Indian journal of veterinary science and animal husbandry - Volume 2,
Year: 1932
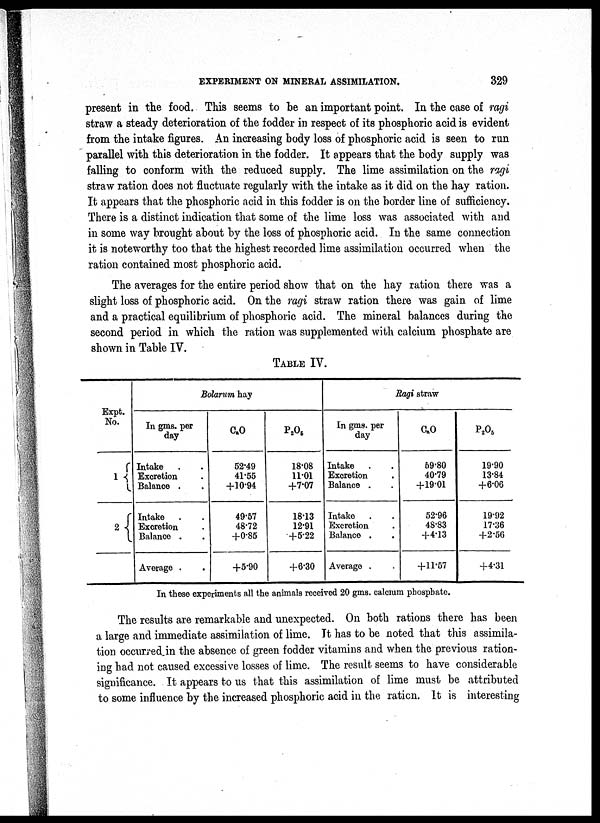
EXPERIMENT ON MINERAL ASSIMILATION.
329
present in the food. This seems to be an important point. In the case of ragi
straw a steady deterioration of the fodder in respect of its phosphoric acid is evident
from the intake figures. An increasing body loss of phosphoric acid is seen to run
parallel with this deterioration in the fodder. It appears that the body supply was
falling to conform with the reduced supply. The lime assimilation on the ragi
straw ration does not fluctuate regularly with the intake as it did on the hay ration.
It appears that the phosphoric acid in this fodder is on the border line of sufficiency.
There is a distinct indication that some of the lime loss was associated with and
in some way brought about by the loss of phosphoric acid. In the same connection
it is noteworthy too that the highest recorded lime assimilation occurred when the
ration contained most phosphoric acid.
The averages for the entire period show that on the hay ration there was a
slight loss of phosphoric acid. On the ragi straw ration there was gain of lime
and a practical equilibrium of phosphoric acid. The mineral balances during the
second period in which the ration was supplemented with calcium phosphate are
shown in Table IV.
TABLE IV.
Expt.
No.
1 {
2 {
Bolarum hay
In gms. per
day
Intake . .
Excretion .
Balance . .
Intake . .
Excretion .
Balance . .
Average . .
C a O
52.49
41.55
+10.94
49.57
48.72
+0.85
+5.90
P 2 O 5
18.08
11.01
+7.07
18.13
12.91
+5.22
+6.30
Ragi straw
In gms. per
day
Intake . .
Excretion .
Balance . .
Intake . .
Excretion .
Balance . .
Average . .
C a O
59.80
40.79
+19.01
52.96
48.83
+4.13
+11.57
P 2 O 5
19.90
13.84
+6.06
19.92
17.36
+2.56
+4.31
In these experiments all the animals received 20 gms. calcium phosphate.
The results are remarkable and unexpected. On both rations there has been
a large and immediate assimilation of lime. It has to be noted that this assimila-
tion occurred.in the absence of green fodder vitamins and when the previous ration-
ing had not caused excessive losses of lime. The result seems to have considerable
significance. It appears to us that this assimilation of lime must be attributed
to some influence by the increased phosphoric acid in the ration. It is interesting